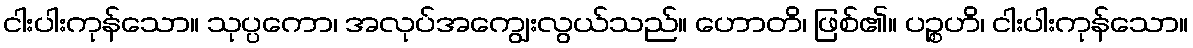
ငါးပါးကုန်သော။ သုပ္ပကော၊ အလုပ်အကျွေးလွယ်သည်။ ဟောတိ၊ ဖြစ်၏။ ပဉ္စဟိ၊ ငါးပါးကုန်သော။